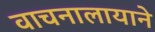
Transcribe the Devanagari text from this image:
वाचनालायाने